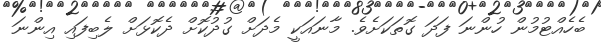
ބެހެއްޓުމުން ހުންނަ ފަދަ ގޮތަކަށެވެ. މާނައަކީ މެދަށް ގުދުކޮށް ދެކޮޅަށް ލެބިފައި އިންނަ